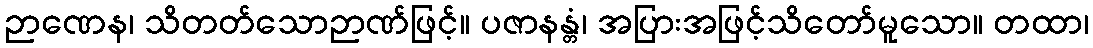
ဉာဏေန၊ သိတတ်သောဉာဏ်ဖြင့်။ ပဇာနန္တံ၊ အပြားအဖြင့်သိတော်မူသော။ တထာ၊